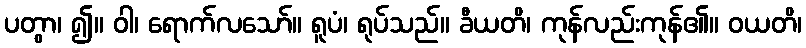
ပတွာ၊ ၍။ ဝါ၊ ရောက်လသော်။ ရူပံ၊ ရုပ်သည်။ ခီယတိ၊ ကုန်လည်းကုန်၏။ ဝယတိ၊